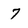
Character: 7